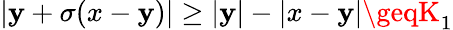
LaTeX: |\mathbf{y}+\sigma(x-\mathbf{y})|\geq|\mathbf{y}|-|x-\mathbf{y}|\geqK_{1}